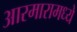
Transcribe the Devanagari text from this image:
आरमारामध्ये